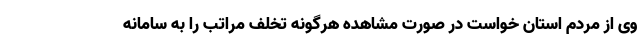
وی از مردم استان خواست در صورت مشاهده هرگونه تخلف مراتب را به سامانه